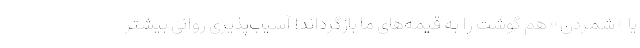
یا «شمردن» هم گوشت را به قیمه‌های ما بازگرداند! آسیب‌پذیری روانی بیشتر